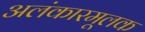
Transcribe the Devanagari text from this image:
अलंकारमूलक